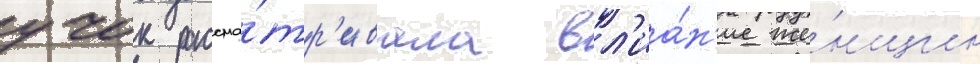
учок рассма́тр'ивала вл'иа́н'ие же́нщин